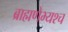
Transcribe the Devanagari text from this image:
ब्राह्मणेभ्यश्च